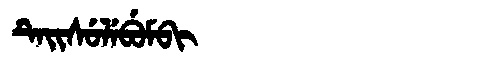
Manchu: ᡨᡝᡳᠰᡠᠯᡝᠪᡠᠮᠪᡳ
Romanization: TEISULEBUMBI